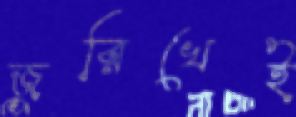
জুরিখেই